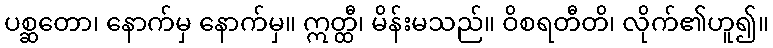
ပစ္ဆတော၊ နောက်မှ နောက်မှ။ ဣတ္ထီ၊ မိန်းမသည်။ ဝိစရတီတိ၊ လိုက်၏ဟူ၍။